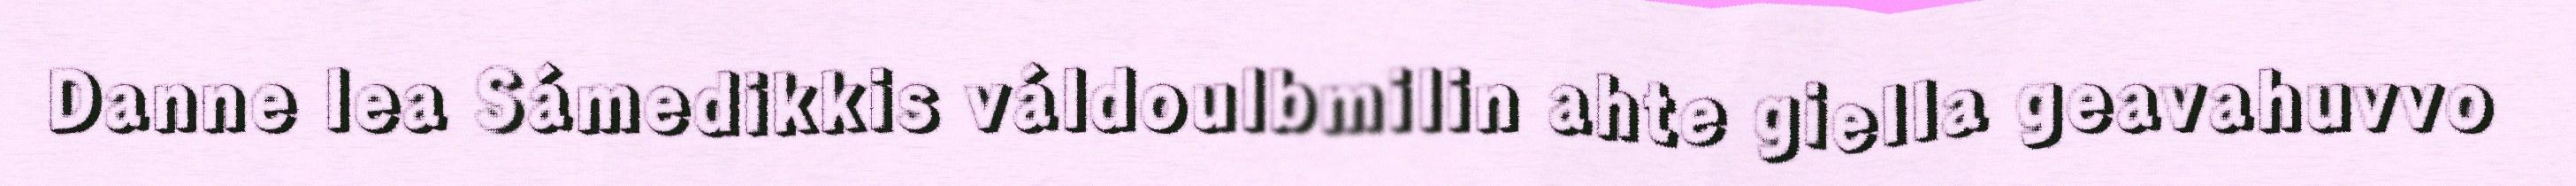
Danne lea Sámedikkis váldoulbmilin ahte giella geavahuvvo